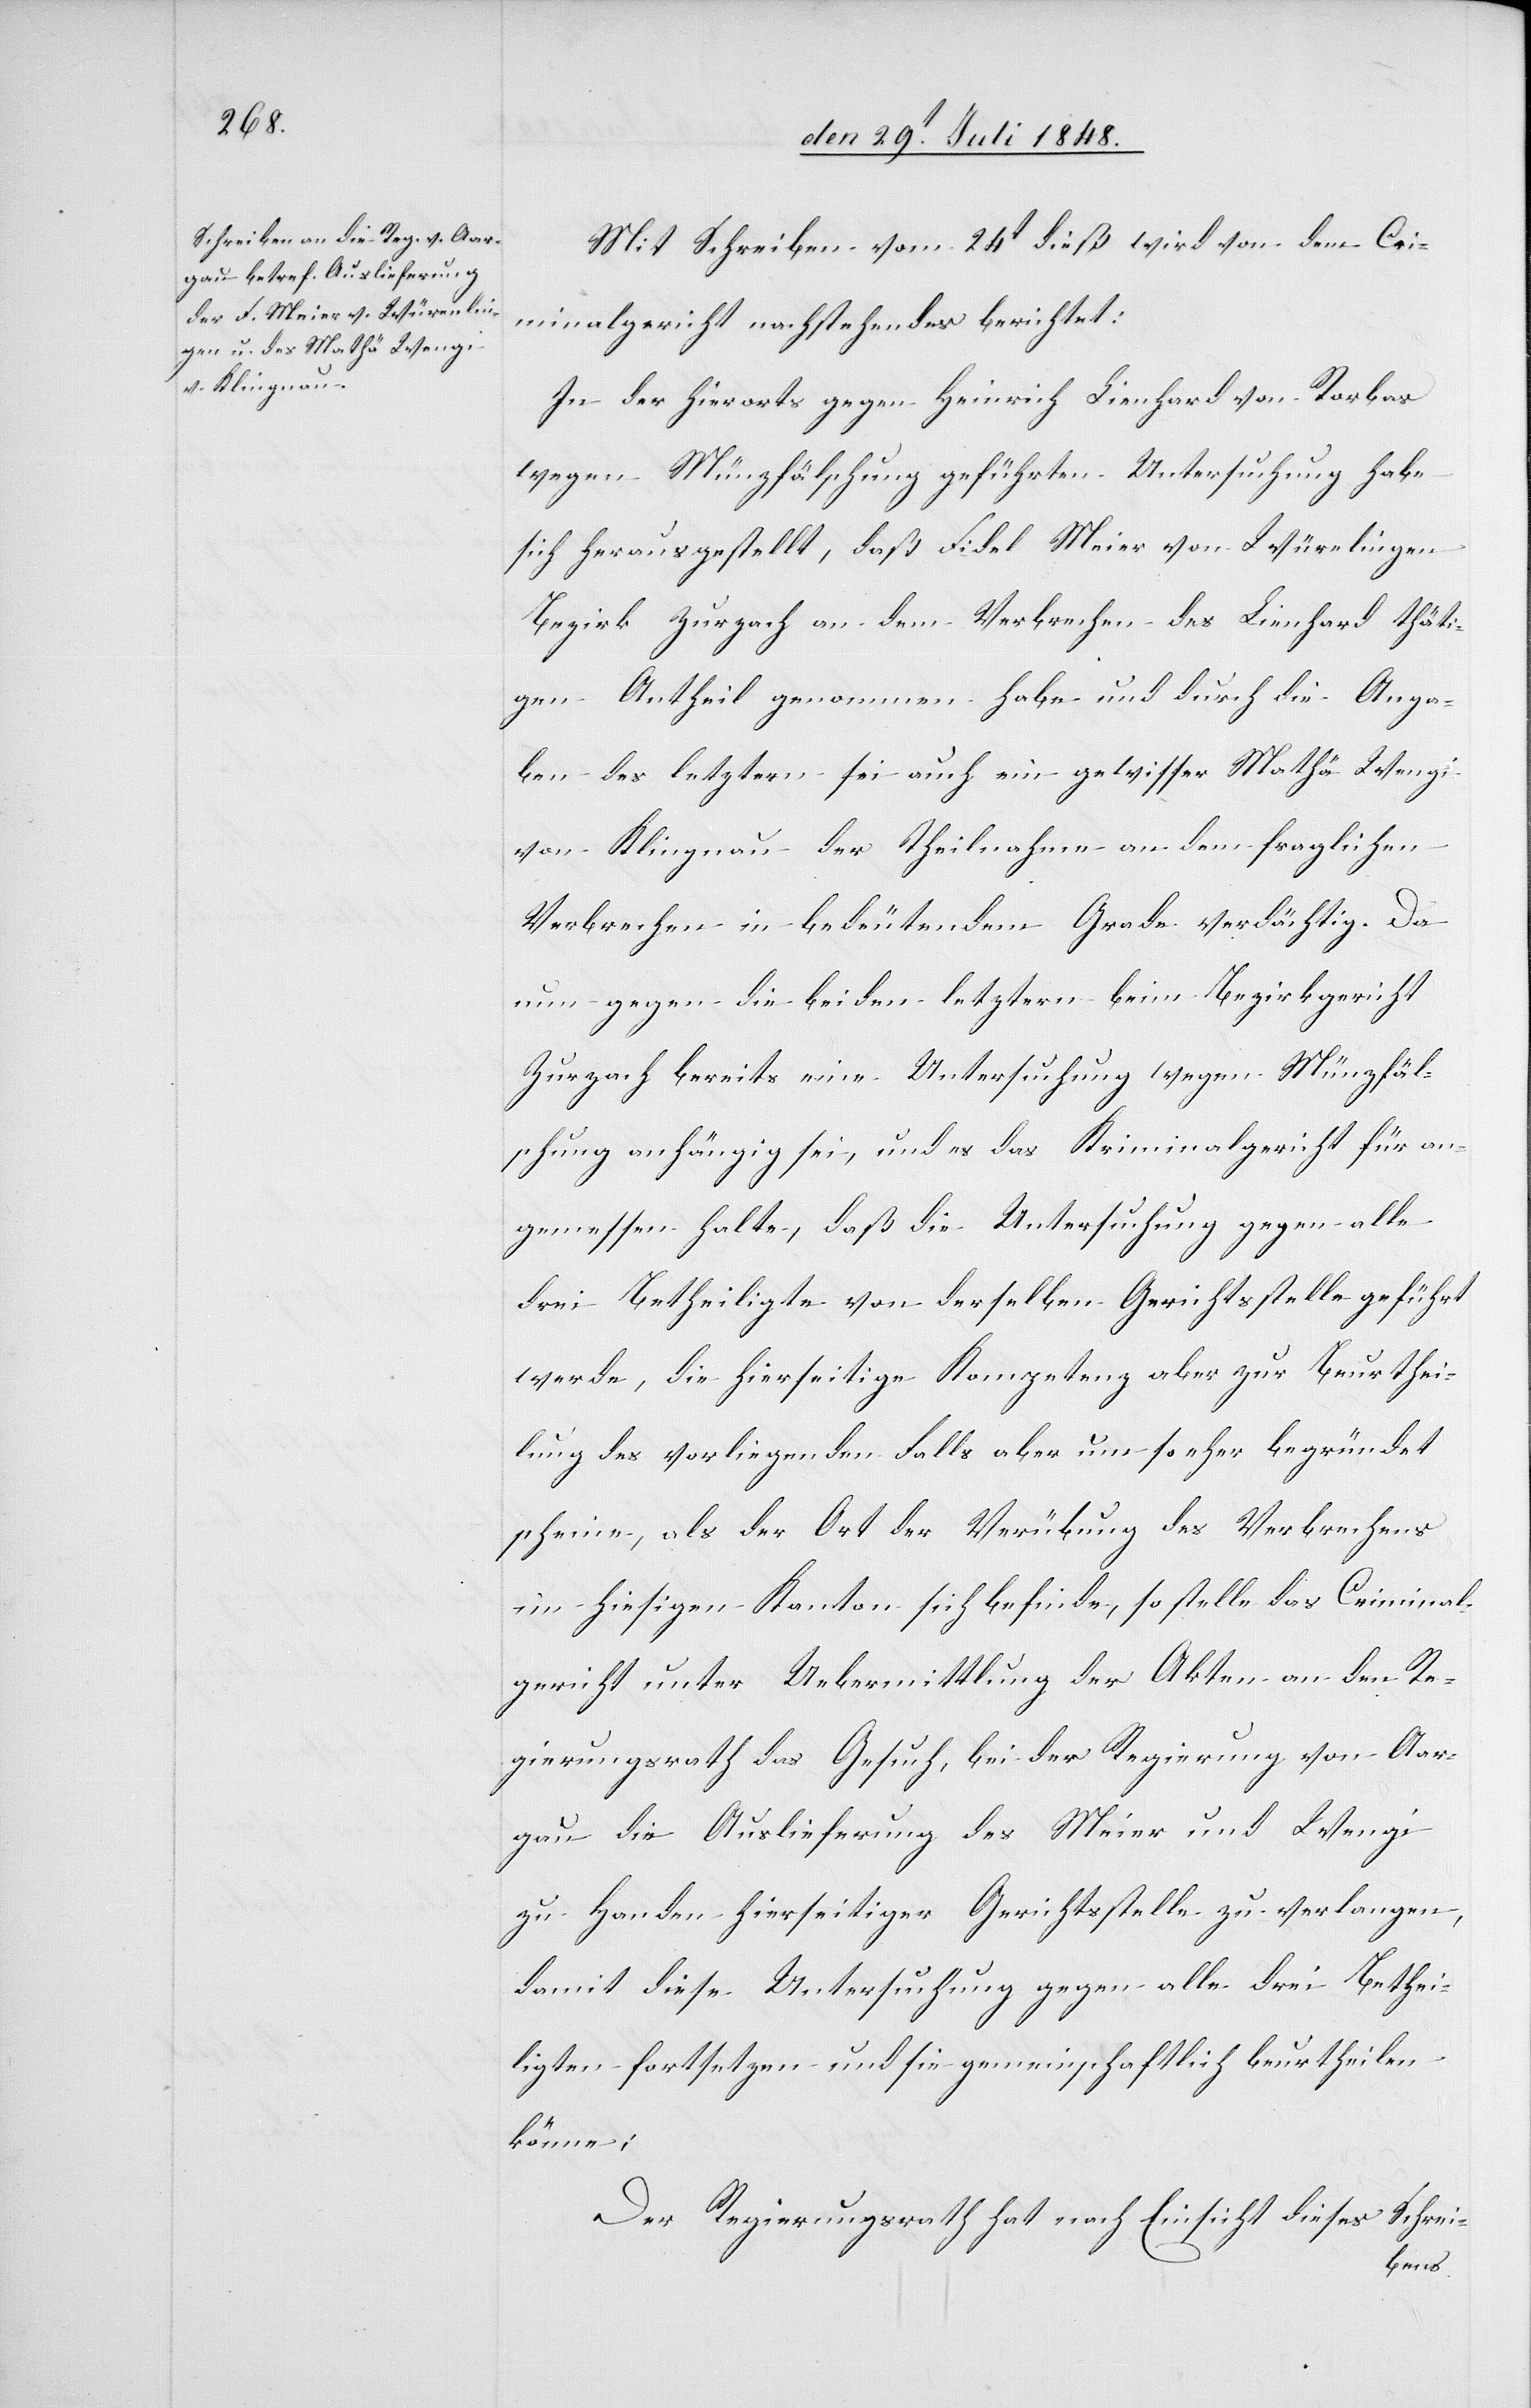
Mit Schreiben vom 24t dieß wird von dem Cri¬
minalgericht nachstehendes berichtet:
In der hierorts gegen Heinrich Lienhard von Rorbas
wegen Münzfälschung geführten Untersuchung habe
sich herausgestellt, daß Fidel Meier von Würe[n]lingen
Bezirk Zurzach an dem Verbrechen des Lienhard thäti¬
gen Antheil genommen habe und durch die Anga¬
ben des letztern sei auch ein gewisser Mathä Wengi
von Klingnau der Theilnahme an dem fraglichen
Verbrechen in bedeutendem Grade verdächtig. Da
nun gegen die beiden letztern beim Bezirksgericht
Zurzach bereits eine Untersuchung wegen Münzfäl¬
schung anhängig sei, und es das Kriminalgericht für an¬
gemessen halte, daß die Untersuchung gegen alle
drei Betheiligte von derselben Gerichtsstelle geführt
werde, die hierseitige Kompetenz aber zur Beurthei¬
lung des vorliegenden Falls aber um so eher begründet
scheine, als der Ort der Verübung des Verbrechens
im hiesigen Kanton sich befinde, so stelle das Kriminal¬
gericht unter Uebermittlung der Akten an den Re¬
gierungsrath das Gesuch, bei der Regierung von Aar¬
gau die Auslieferung des Meier und Wengi
zu Handen hierseitiger Gerichtsstelle zu verlangen,
damit diese Untersuchung gegen alle drei Bethei¬
ligten fortsetzen und sie gemeinschaftlich beurtheilen
könne;
Der Regierungsrath hat nach Einsicht dieses Schrei-